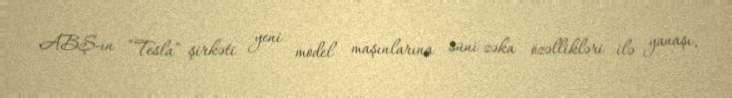
ABŞ-ın “Tesla” şirkəti yeni model maşınlarına süni zəka özəllikləri ilə yanaşı,